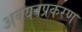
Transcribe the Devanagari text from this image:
अवयवप्रकरण